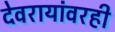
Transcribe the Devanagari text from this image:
देवरायांवरही